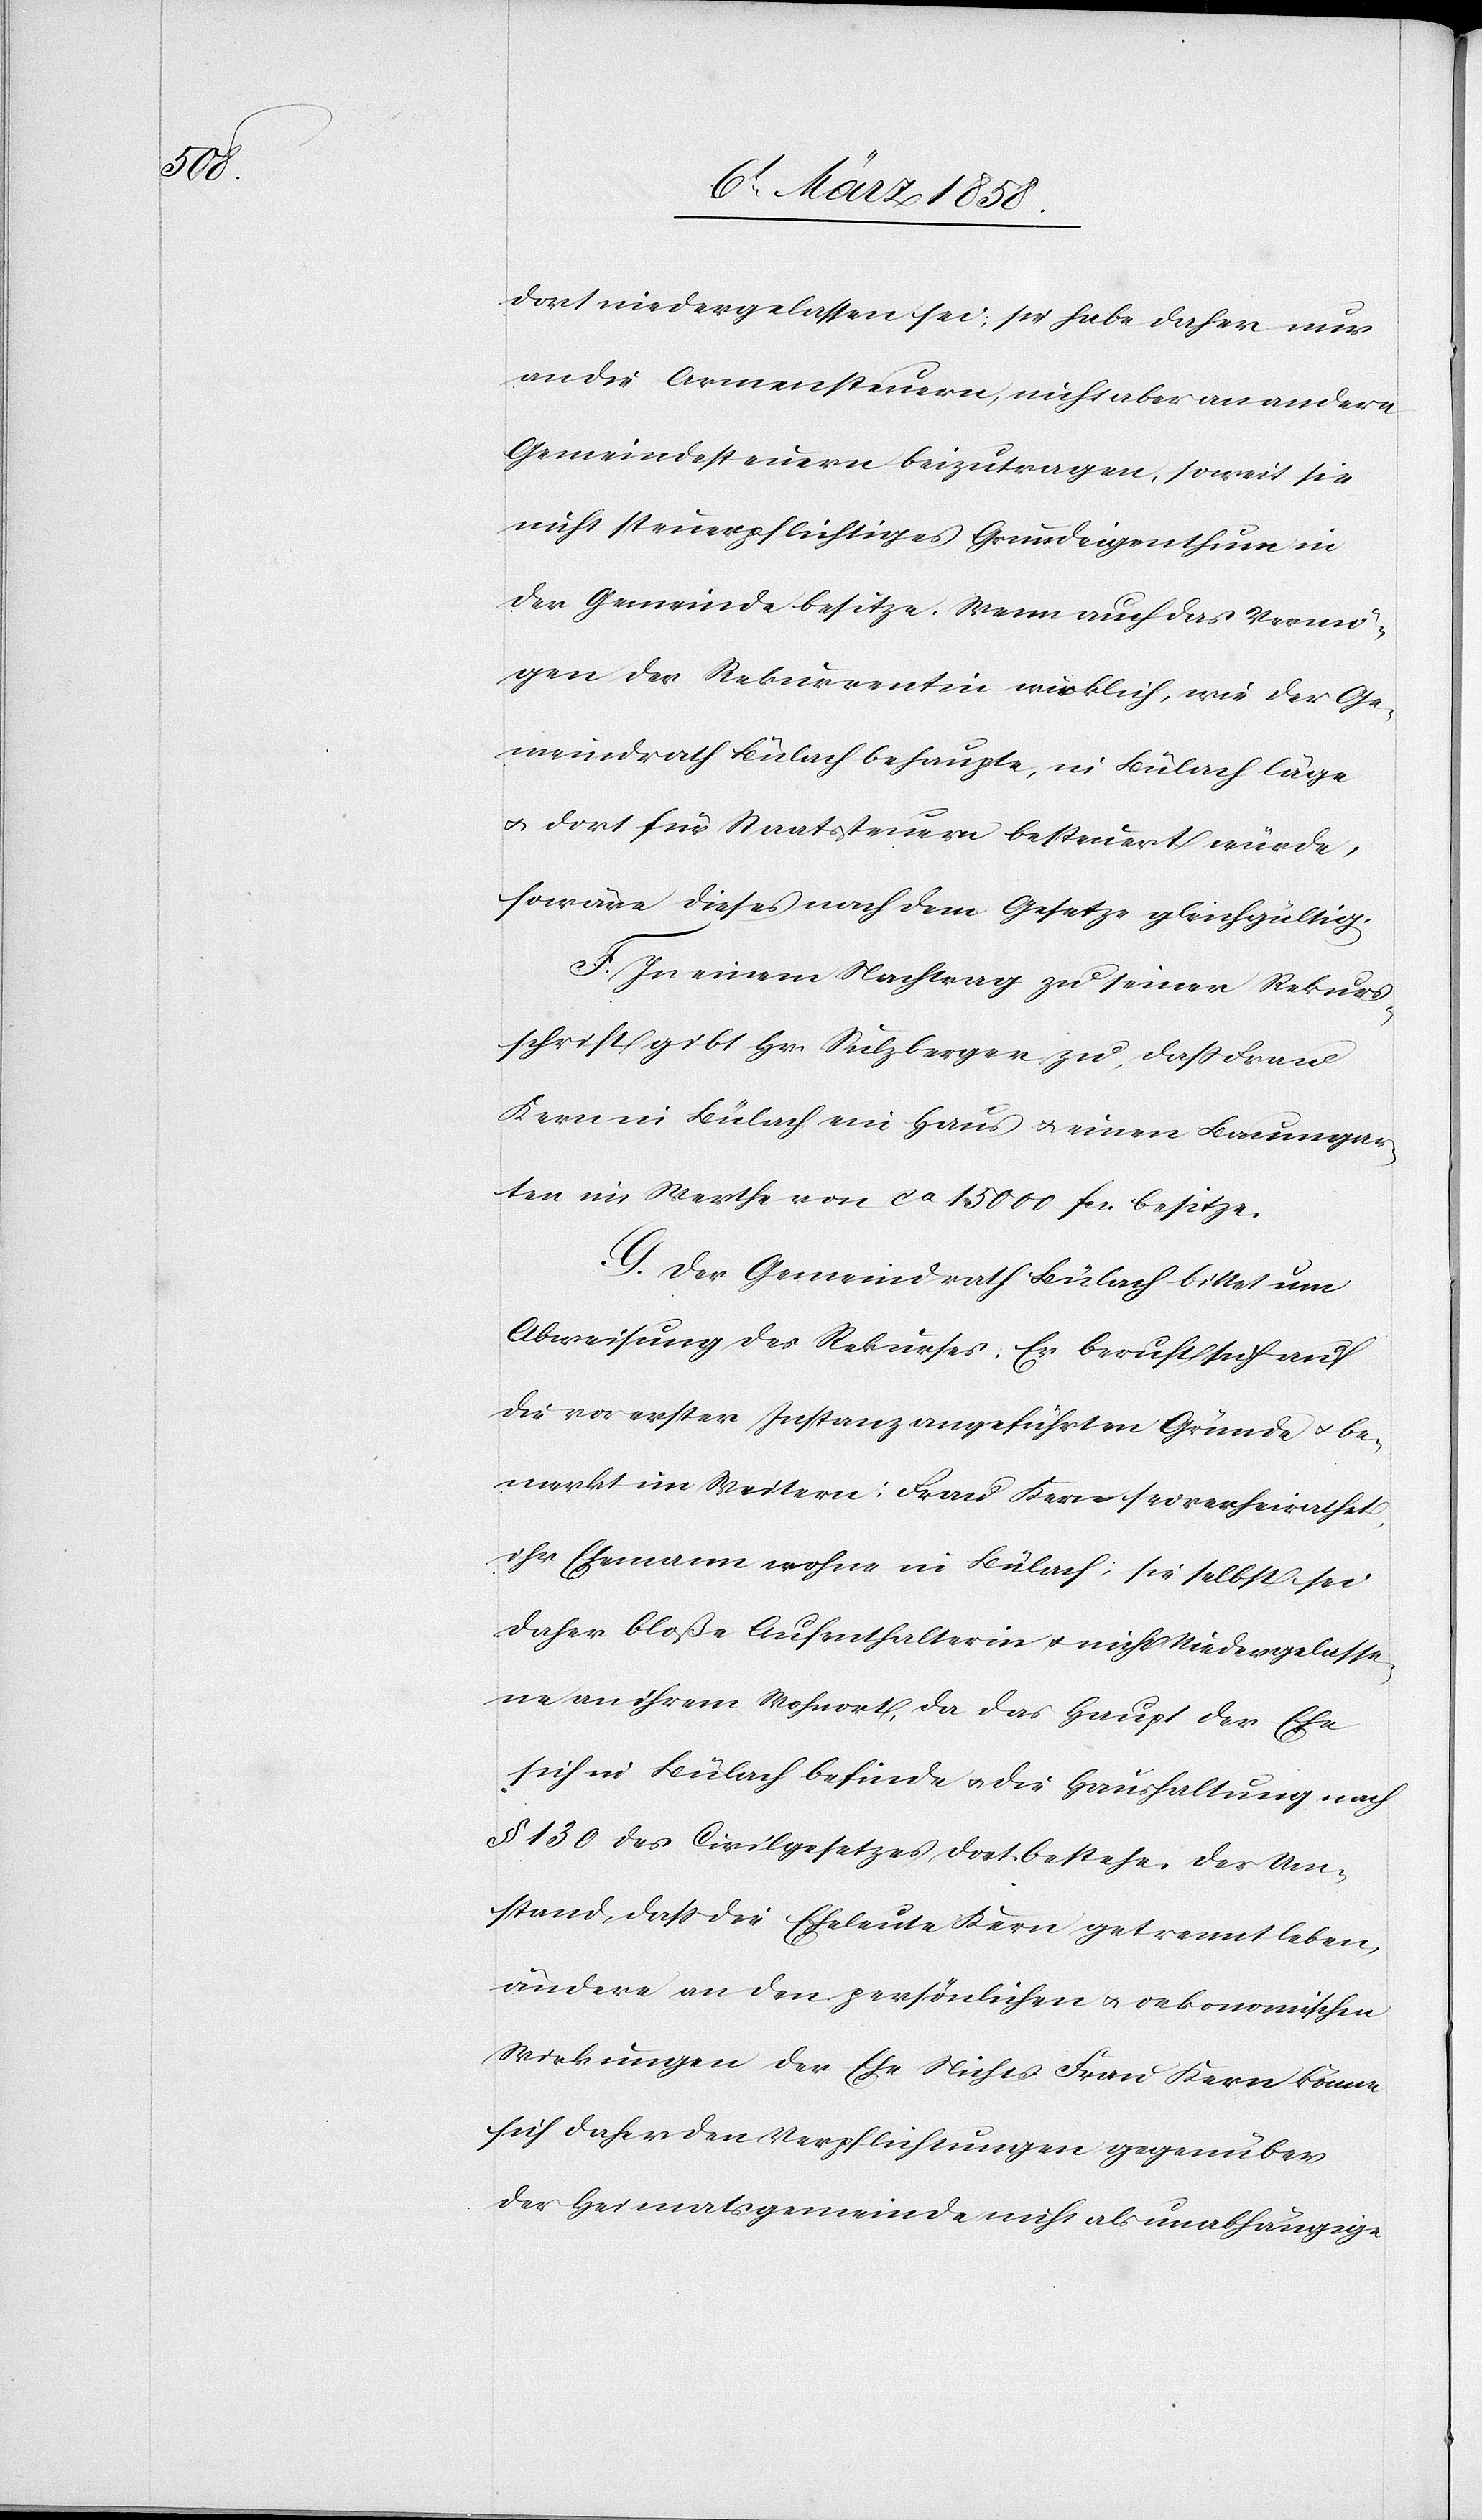
dort niedergelassen sei; sie habe daher nur
an die Armensteuern, nicht aber andern
Gemeindesteuern beizutragen, soweit sie
nicht steuerpflichtiges Grundeigenthum in
der Gemeinde besitze. Wenn auch das Vermö¬
gen der Rekurrentin wirklich, wie der Ge¬
meindrath Bülach behaupte, in Bülach läge
u. dort für Staatssteuer besteuert würde,
so wäre dieses nach dem Gesetze gleichgültig.
F. In einem Nachtrag zu seiner Rekurs¬
schrift gibt Hr. Sulzberger zu, daß Frau
Kern in Bülach ein Haus u. einen Baumgar¬
ten im Werthe von ca 15 000 fcs. besitze.
G. Der Gemeindrath Bülach bittet um
Abweisung des Rekurses: Er beruft sich auf
die vor erster Instanz angeführten Gründe u. be¬
merkt im Weitern: Frau Kern sei verheirathet,
ihr Ehemann wohne in Bülach, sie selbst sei
daher bloße Aufenthalterin u. nicht Niedergelasse¬
ne an ihrem Wohnort, da das Haupt der Ehe
sich in Bülach befinde u. die Haushaltung nach
§ 130 des Civilgesetzes dort bestehe. Der Um¬
stand, daß die Eheleute Kern getrennt leben,
ändere an den persönlichen u. oekonomischen
Wirkungen der Ehe Nichts. Frau Kern könne
sich daher den Verpflichtungen gegenüber
der Heimatsgemeinde nicht als unabhängige